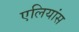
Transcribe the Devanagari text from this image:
एलियांस